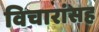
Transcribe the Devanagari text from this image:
विचारांसह